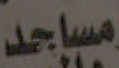
مساجد